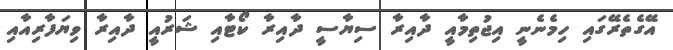
އޭގެތެރޭގައި ހިމެނެނީ އިޖުތިމާއީ ދާއިރާ ސިޔާސީ ދާއިރާ ކޯޓާއި ޝަރުއީ ދާއިރާ ވިޔަފާރިއާއި